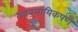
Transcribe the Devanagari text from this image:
व्यावसायिकपणे